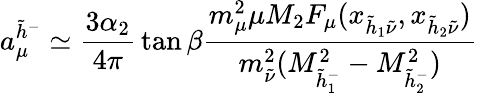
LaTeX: a_{\mu}^{\tilde{h}^{-}}\simeq{\frac{3\alpha_{2}}{4\pi}}\tan\beta{\frac{m_{\mu}^{2}\mu M_{2}F_{\mu}(x_{\tilde{h}_{1}\tilde{\nu}},x_{\tilde{h}_{2}\tilde{\nu}})}{m_{\tilde{\nu}}^{2}(M_{\tilde{h}_{1}^{-}}^{2}-M_{\tilde{h}_{2}^{-}}^{2})}}